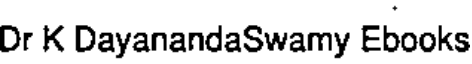
Dr K DayanandaSwamy Ebooks